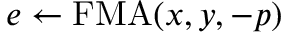
e \gets \mathrm { F M A } ( x , y , - p )